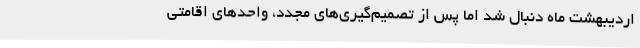
اردیبهشت ماه دنبال شد اما پس از تصمیم‌گیری‌های مجدد، واحدهای اقامتی